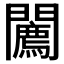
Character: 𨷓